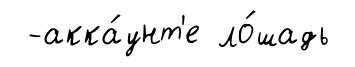
-акка́унт'е ло́шадь